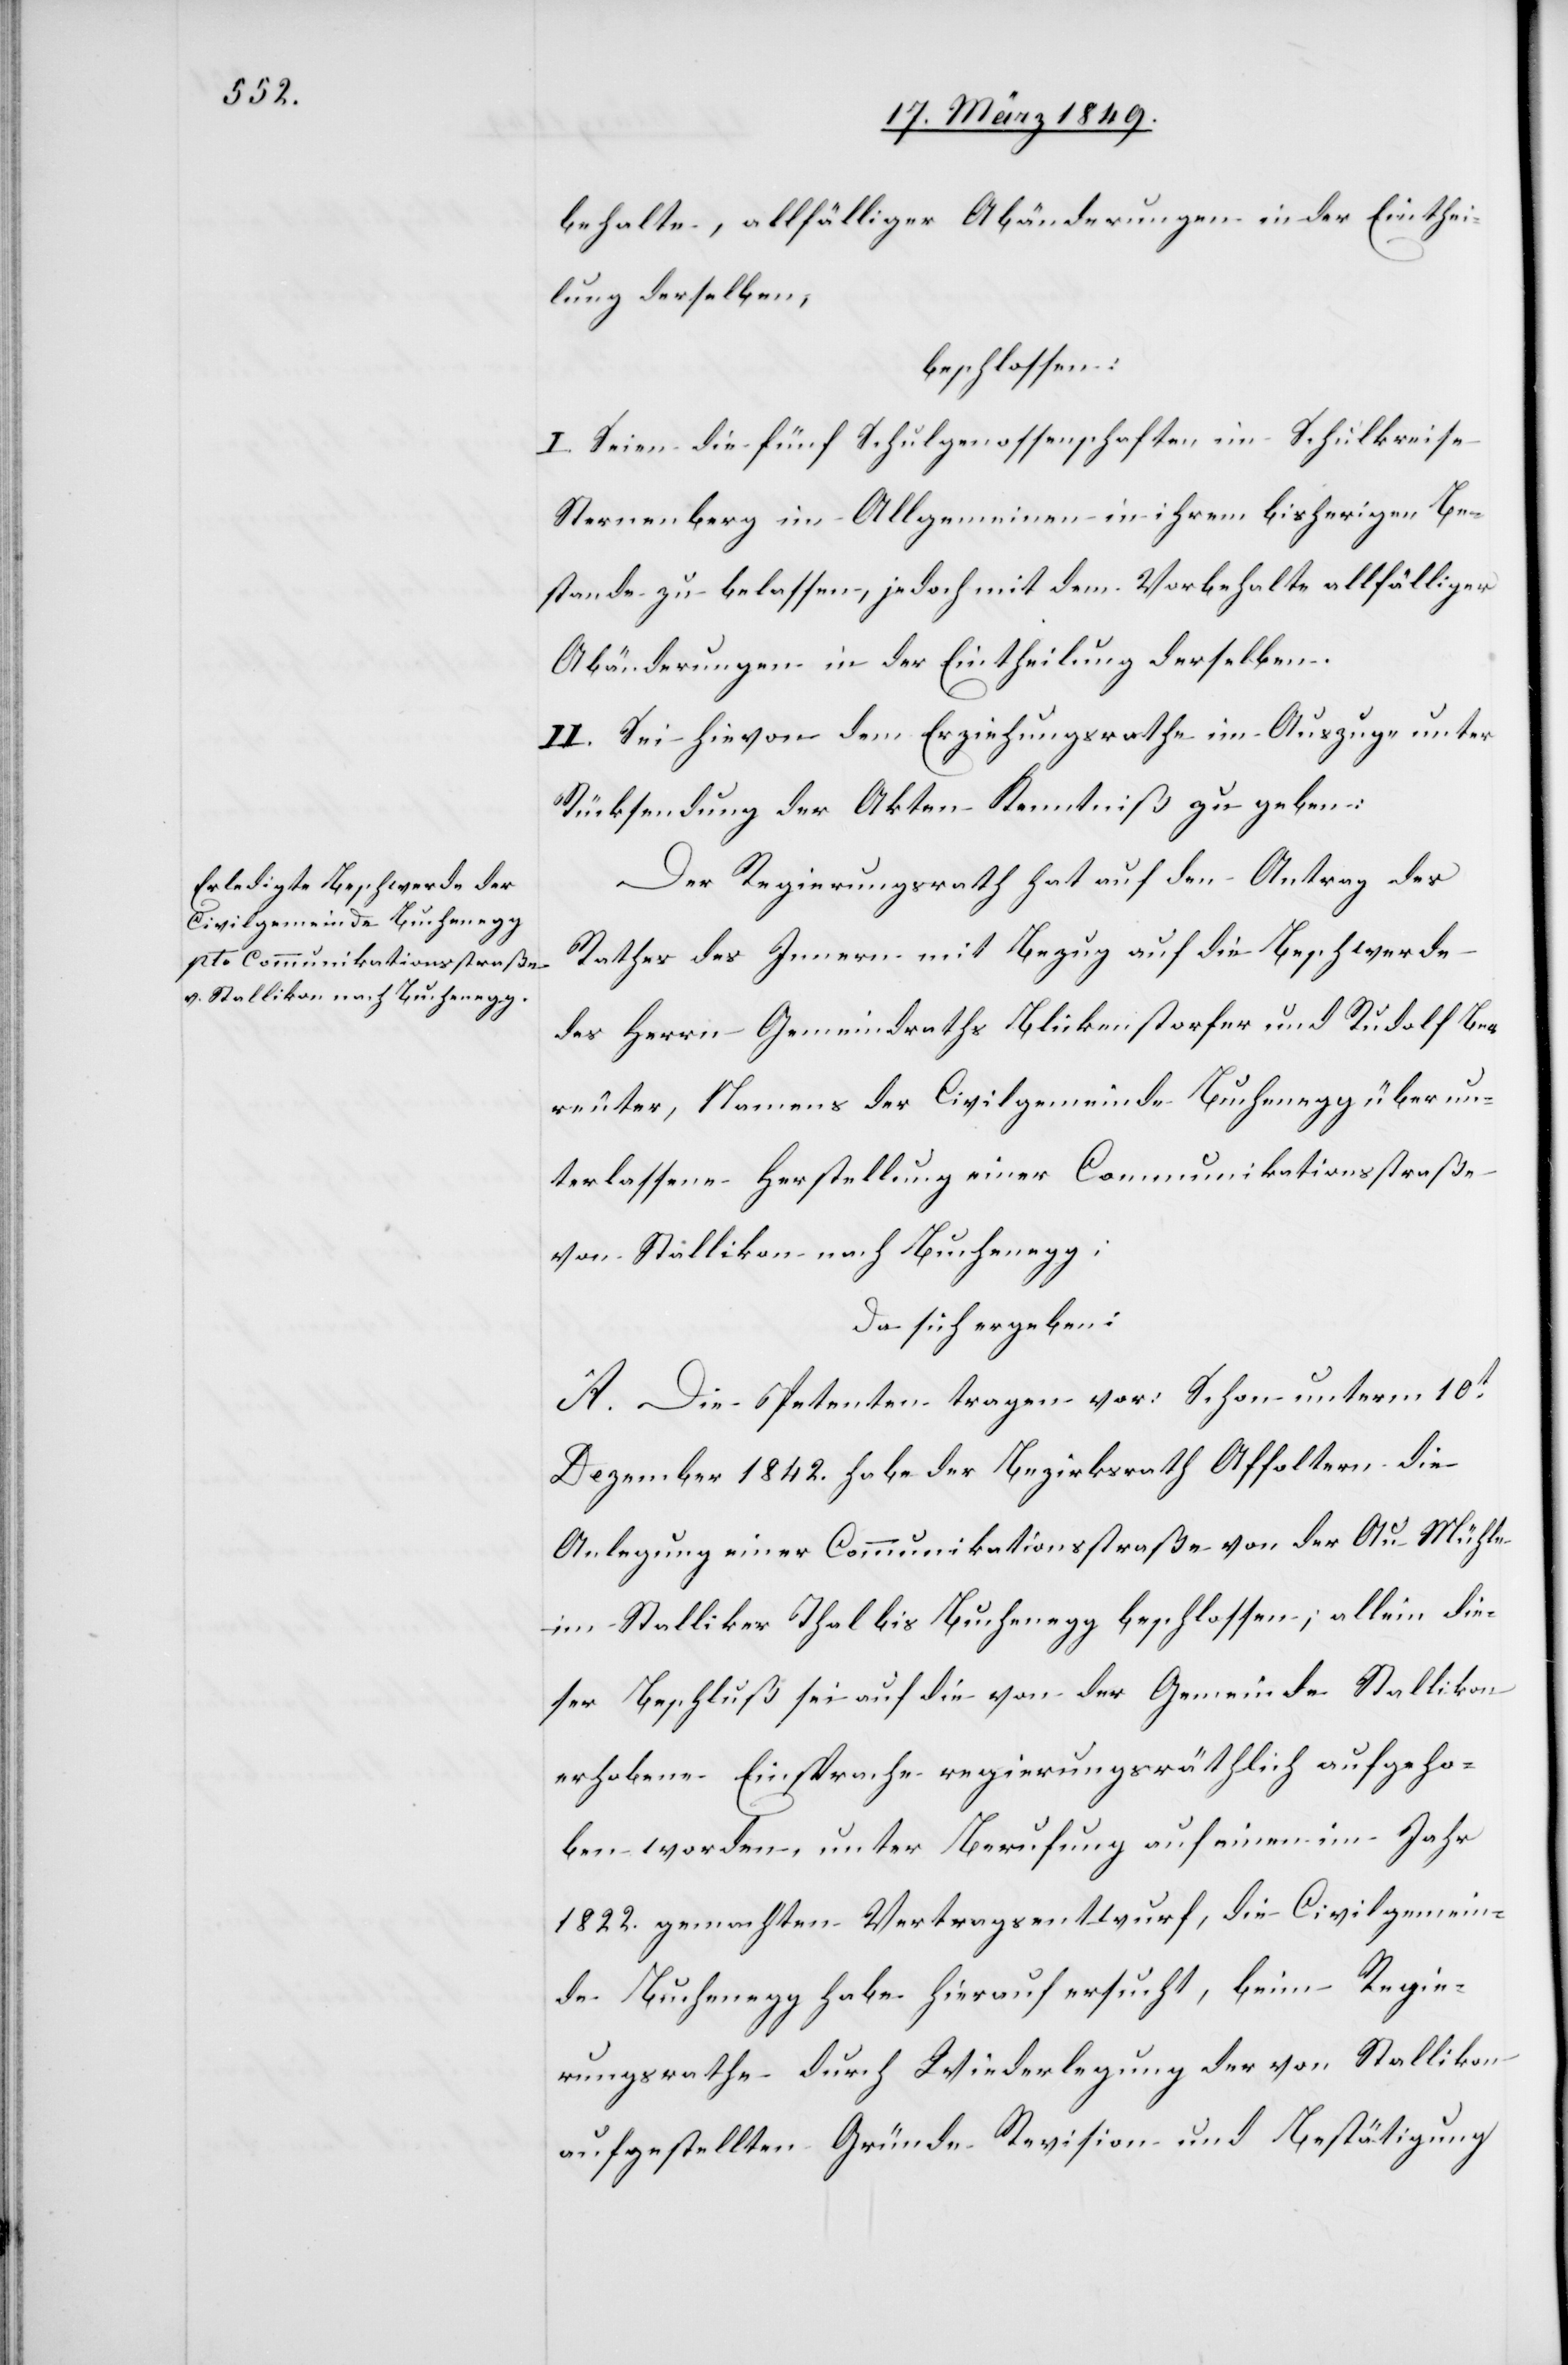
behalte, allfälliger Abänderungen in der Einthei¬
lung derselben,
beschlossen:
I. Seien die fünf Schulgenossenschaften im Schulkreise
Sternenberg im Allgemeinen in ihrem bisherigen Be¬
stande zu belassen, jedoch mit dem Vorbehalte allfälliger
Abänderungen in der Eintheilung derselben.
II. Sei hievon dem Erziehungsrathe im Auszuge unter
Rücksendung der Akten Kenntniß zu geben:
Der Regierungsrath hat auf den Antrag des
Rathes des Innern mit Bezug auf die Beschwerde
des Herrn Gemeindraths Blickenstorfer und Rudolf Be¬
reuter, Namens der Civilgemeinde Buchenegg über un¬
terlassene Herstellung einer Communikationsstraße
von Stallikon nach Buchenegg;
da sich ergeben:
A. Die Petenten tragen vor: Schon unterm 10t.
Dezember 1842. habe der Bezirksrath Affoltern die
Anlegung einer Communikationsstraße von der Au-Mühle
im Stalliker Thal bis Buchenegg beschlossen; allein die¬
ser Beschluß sei auf die von der Gemeinde Stallikon
erhobene Einsprache regierungsräthlich aufgeho¬
ben worden, unter Berufung auf einen im Jahr
1822. gemachten Vertragsentwurf, die Civilgemein¬
de Buchenegg habe hierauf ersucht, beim Regie¬
rungsrathe durch Wiederlegung der von Stallikon
aufgestellten Gründe Revision und Bestätigung